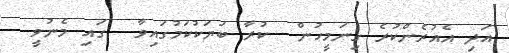
އަދި އެއުރެންކުރެ ގިނަމީހުން  ކުރާ ބަޔަކުކަމުގައިވާ  ގައި މެނުވީ